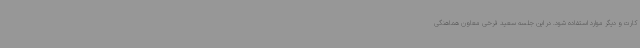
کارت و دیگر موارد استفاده شود. در این جلسه سعید فرخی معاون هماهنگی